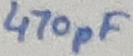
Text: 470pF